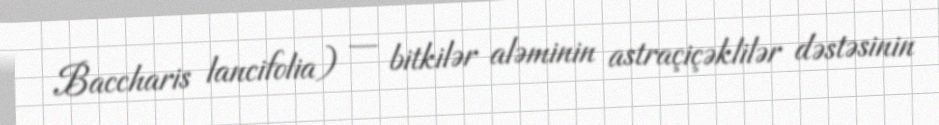
Baccharis lancifolia) — bitkilər aləminin astraçiçəklilər dəstəsinin